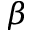
\beta